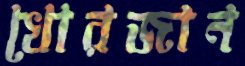
খোরজান